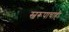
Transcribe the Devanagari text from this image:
स्वरूपाचाही